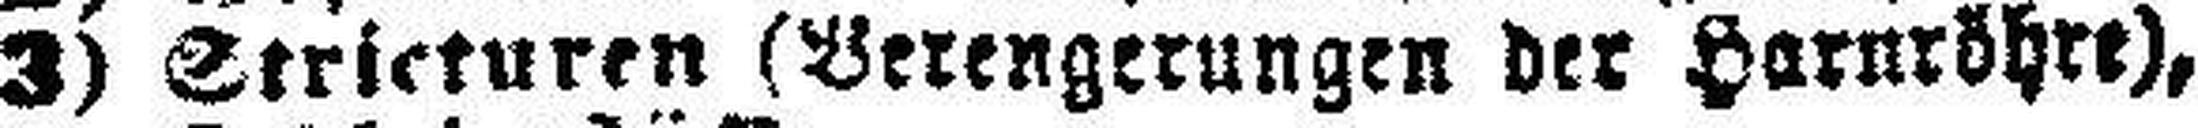
3) Stricturen (Verengerungen der Harnröhre),